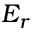
E _ { r }